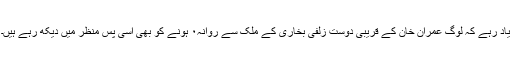
یاد رہے کہ لوگ عمران خان کے قریبی دوست زلفی بخاری کے ملک سے روانہ۰ ہونے کو بھی اسی پس منظر میں دیکھ رہے ہیں۔